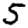
Digit: 5